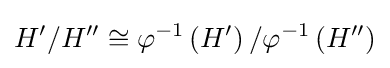
H'/H''\cong \varphi ^{-1}\left(H'\right)/\varphi ^{-1}\left(H''\right)